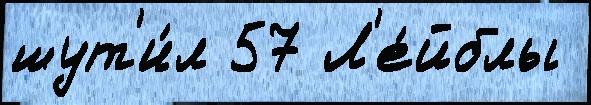
шут'и́л 57 Л'е́йблы